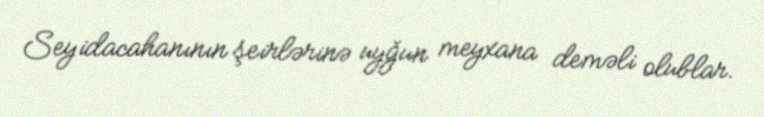
Seyidacahanının şeirlərinə uyğun meyxana deməli olublar.